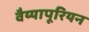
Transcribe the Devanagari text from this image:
वैय्यापूरियन